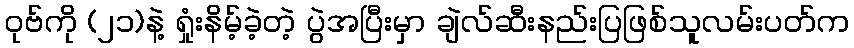
ဝုဗ်ကို (၂၁)နဲ့ ရှုံးနိမ့်ခဲ့တဲ့ ပွဲအပြီးမှာ ချဲလ်ဆီးနည်းပြဖြစ်သူလမ်းပတ်က